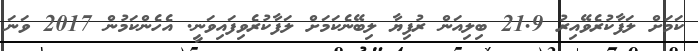
ކަމަށް ލަފާކުރެވޭއިރު 21.9 ބިލިއަން ރުފިޔާ ލިބޭނެކަމަށް ލަފާކުރެވިފައިވަނީ. އެހެންކަމުން 2017 ވަނަ